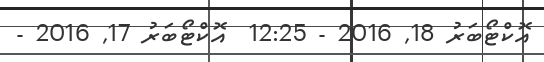
އޮކްޓޯބަރު 18